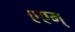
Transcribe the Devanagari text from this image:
एएम्